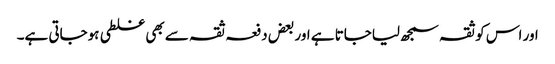
اور اس کو ثقہ سمجھ لیاجاتا ہے اور بعض دفعہ ثقہ سے بھی غلطی ہوجاتی ہے۔